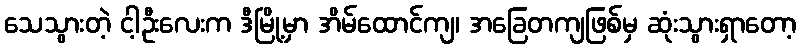
သေသွားတဲ့ ငါ့ဦးလေးက ဒီမြို့မှာ အိမ်ထောင်ကျ၊ အခြေတကျဖြစ်မှ ဆုံးသွားရှာတော့